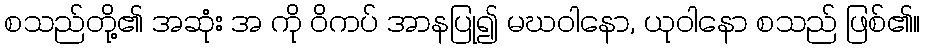
စသည်တို့၏ အဆုံး အ ကို ဝိကပ် အာနပြု၍ မဃဝါနော, ယုဝါနော စသည် ဖြစ်၏။